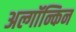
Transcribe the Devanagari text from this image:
अल्गॉन्किन